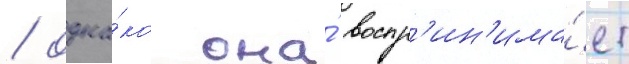
/ одна́ко она́ воспр'ин'има́ет